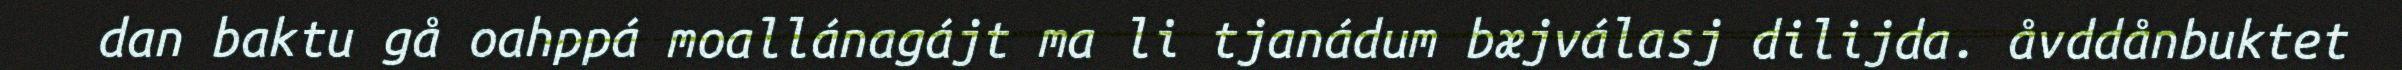
dan baktu gå oahppá moallánagájt ma li tjanádum bæjválasj dilijda. åvddånbuktet